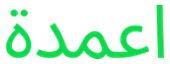
اعمدة